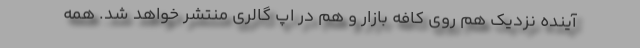
آینده نزدیک هم روی کافه بازار و هم در اپ گالری منتشر خواهد شد. همه